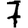
Digit: 7